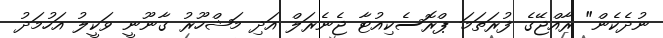
ނުދެކެން" ރާއްޖޭގެ ފުރަތަމަ ޕްރޮސެކިއުޓާ ޖެނެރަލް އަދި މަޝްހޫރު ގާނޫނީ ވަކީލު އަހުމަދު